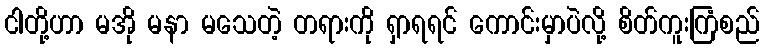
ငါတို့ဟာ မအို မနာ မသေတဲ့ တရားကို ရှာရရင် ကောင်းမှာပဲလို့ စိတ်ကူးကြံစည်